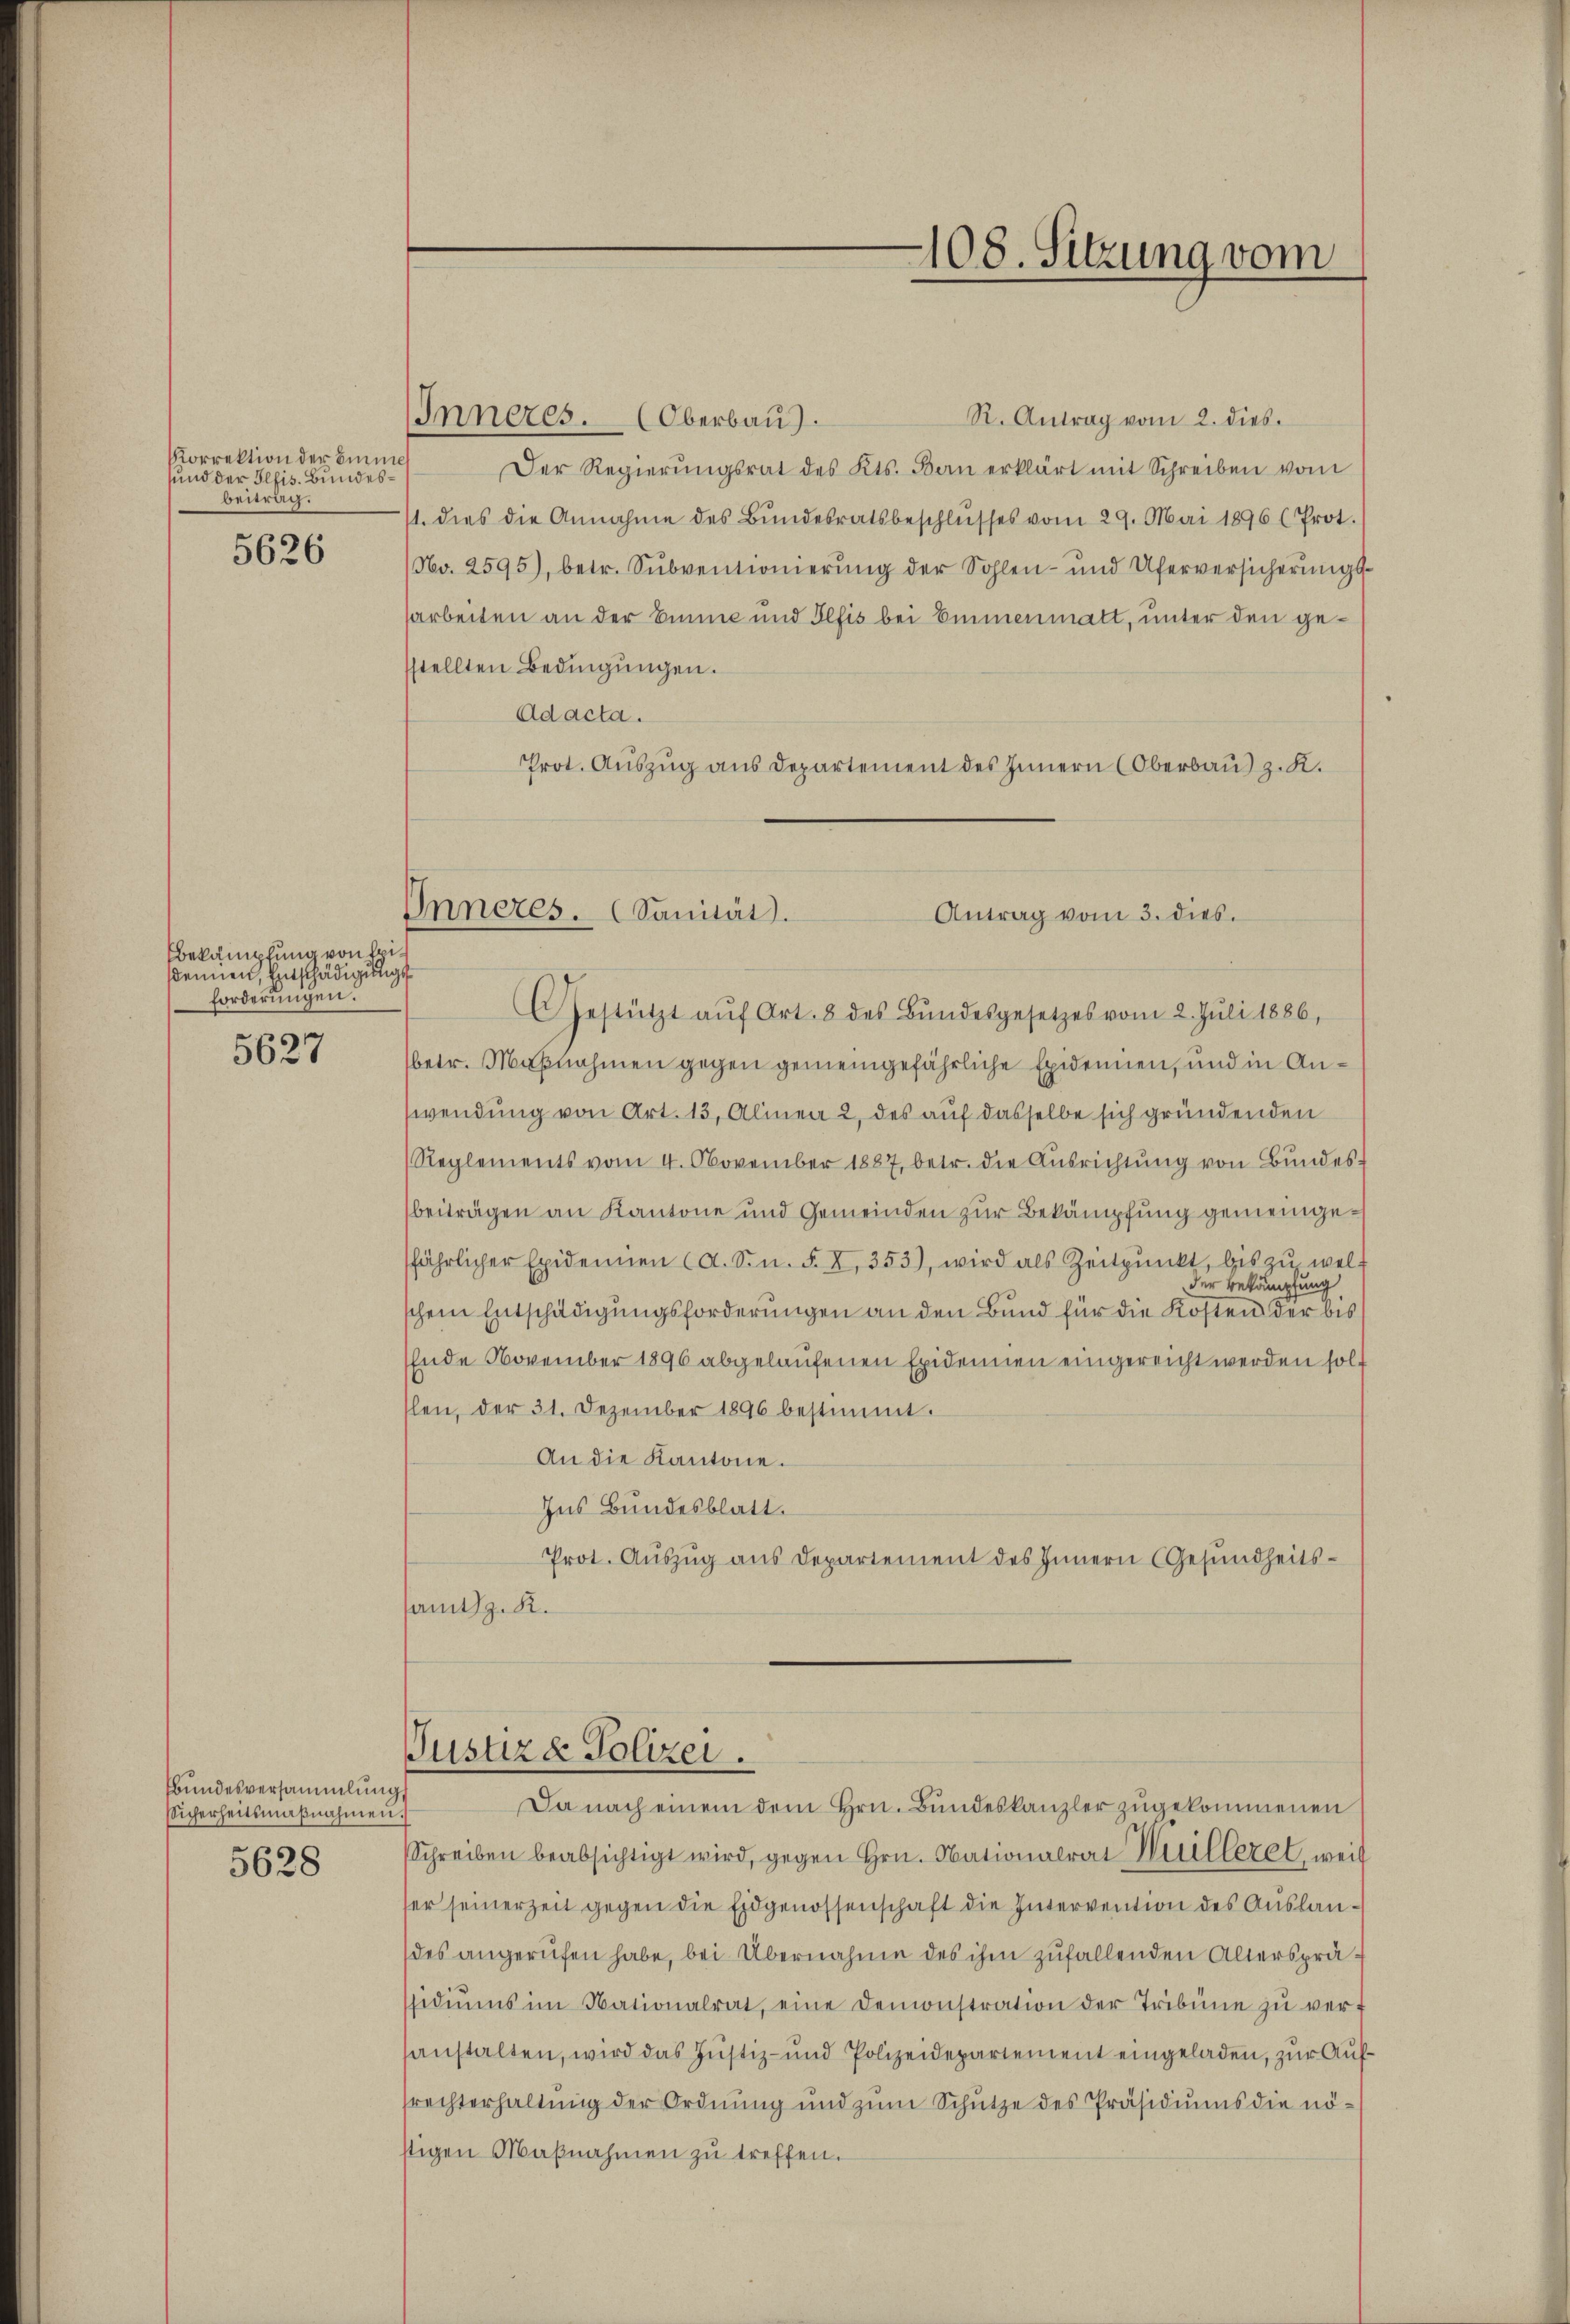
Korrektion der Eine
und der Ilfis. Bundesbeitrag.

5626

Bekämpfung von Friseien, Entschädigungs
forderungen.

5627

Bundesversammlung,
Sicherheitsmaβnahmen.

5628

108. Sitzung vom

R. Antrag vom 2. dies
Inneres. (Oberbau).
Der Regierŭngsrat des Kts. Bau erklärt mit Schreiben vom
1. dies die Annahme des Bŭndesratsbeschlŭsses vom 29. Mai 1896 (Prot.
No. 2595), betr. Subventionierung der Sohlen- und Uferversicherungssarbeiten an der Einne und Plfis bei Emmenmatt, unter den gestellten Bedingungen.
Ad acta.
Prot. Auszug aus Departement des Innern (Oberbau) z. K.

Inneres. Sanität.
Antrag vom 3. dies
CGestützt aŭf Art. 8 des Bŭndesgesetzes vom 2. Jŭli 1886,

(betr. Maßnahmen gegen gemeingefährliche Epidemien, und in Anwendung von Art. 13, Alinea 2 des auf dasselbe sich gründenden
Reglements vom 4. November 1887, betr. die Aŭsrichtŭng von Bŭndes-
beiträgen an Kantone und Gemeinden zur Bekämpfung gemeingefährlicher Epidenen (d. S. n. F. X. 353), wird als Zeitpŭnkt, bis zŭ wel-
der Bekämpfung
schem Entschädigungsforderungen an den Bund für die Kosten der bis
Ende November 1896 abgelaufenen Epidemien eingereicht werden solllen, der 31. Dezember 1896 bestimmt.
An die Kantone.
Ins Bundesblatt.
Prot. Aŭszŭg ans Departement des Innern (Gesŭndheits-
amt. R.
Justizd Polizei.
Da nach einem dem Hrn. Bŭndeskanzler zŭgekommenen
Schreiben beabsichtigt wird, gegen Hrn. Nationalrat Willezel, weil
ser seinerzeit gegen die Eidgenossenschaft die Intervention des Auslandes angerufen habe, bei Übernahme des ihm zufallenden Altersprässidiŭms im Nationalrat, eine Demonstration der Tribüne zŭ vert
sanstalten, wird das Justiz- und Polizeidepartement eingeladen, zur Aufsrechterhaltŭng der Ordnŭng und zŭm Schütze des Präsidiŭms die nö-
stigen Maβnahmen zŭ treffen.